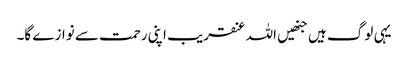
یہی لوگ ہیں جنھیں اللہ عنقریب اپنی رحمت سے نوازے گا۔